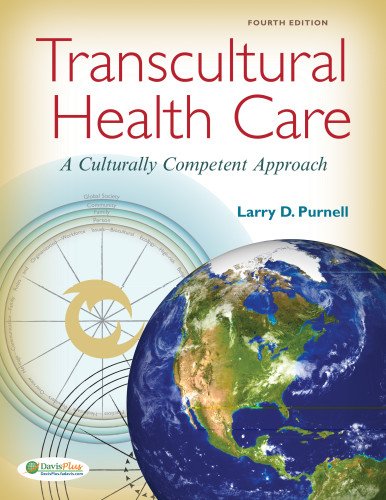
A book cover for Transcultural Health Care: A Culturally Competent Approach; Larry D. Purnell PhD  RN  FAAN; Medical Books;